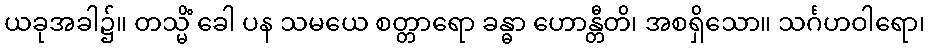
ယခုအခါ၌။ တသ္မိံ ခေါ ပန သမယေ စတ္တာရော ခန္ဓာ ဟောန္တီတိ၊ အစရှိသော။ သင်္ဂဟဝါရော၊